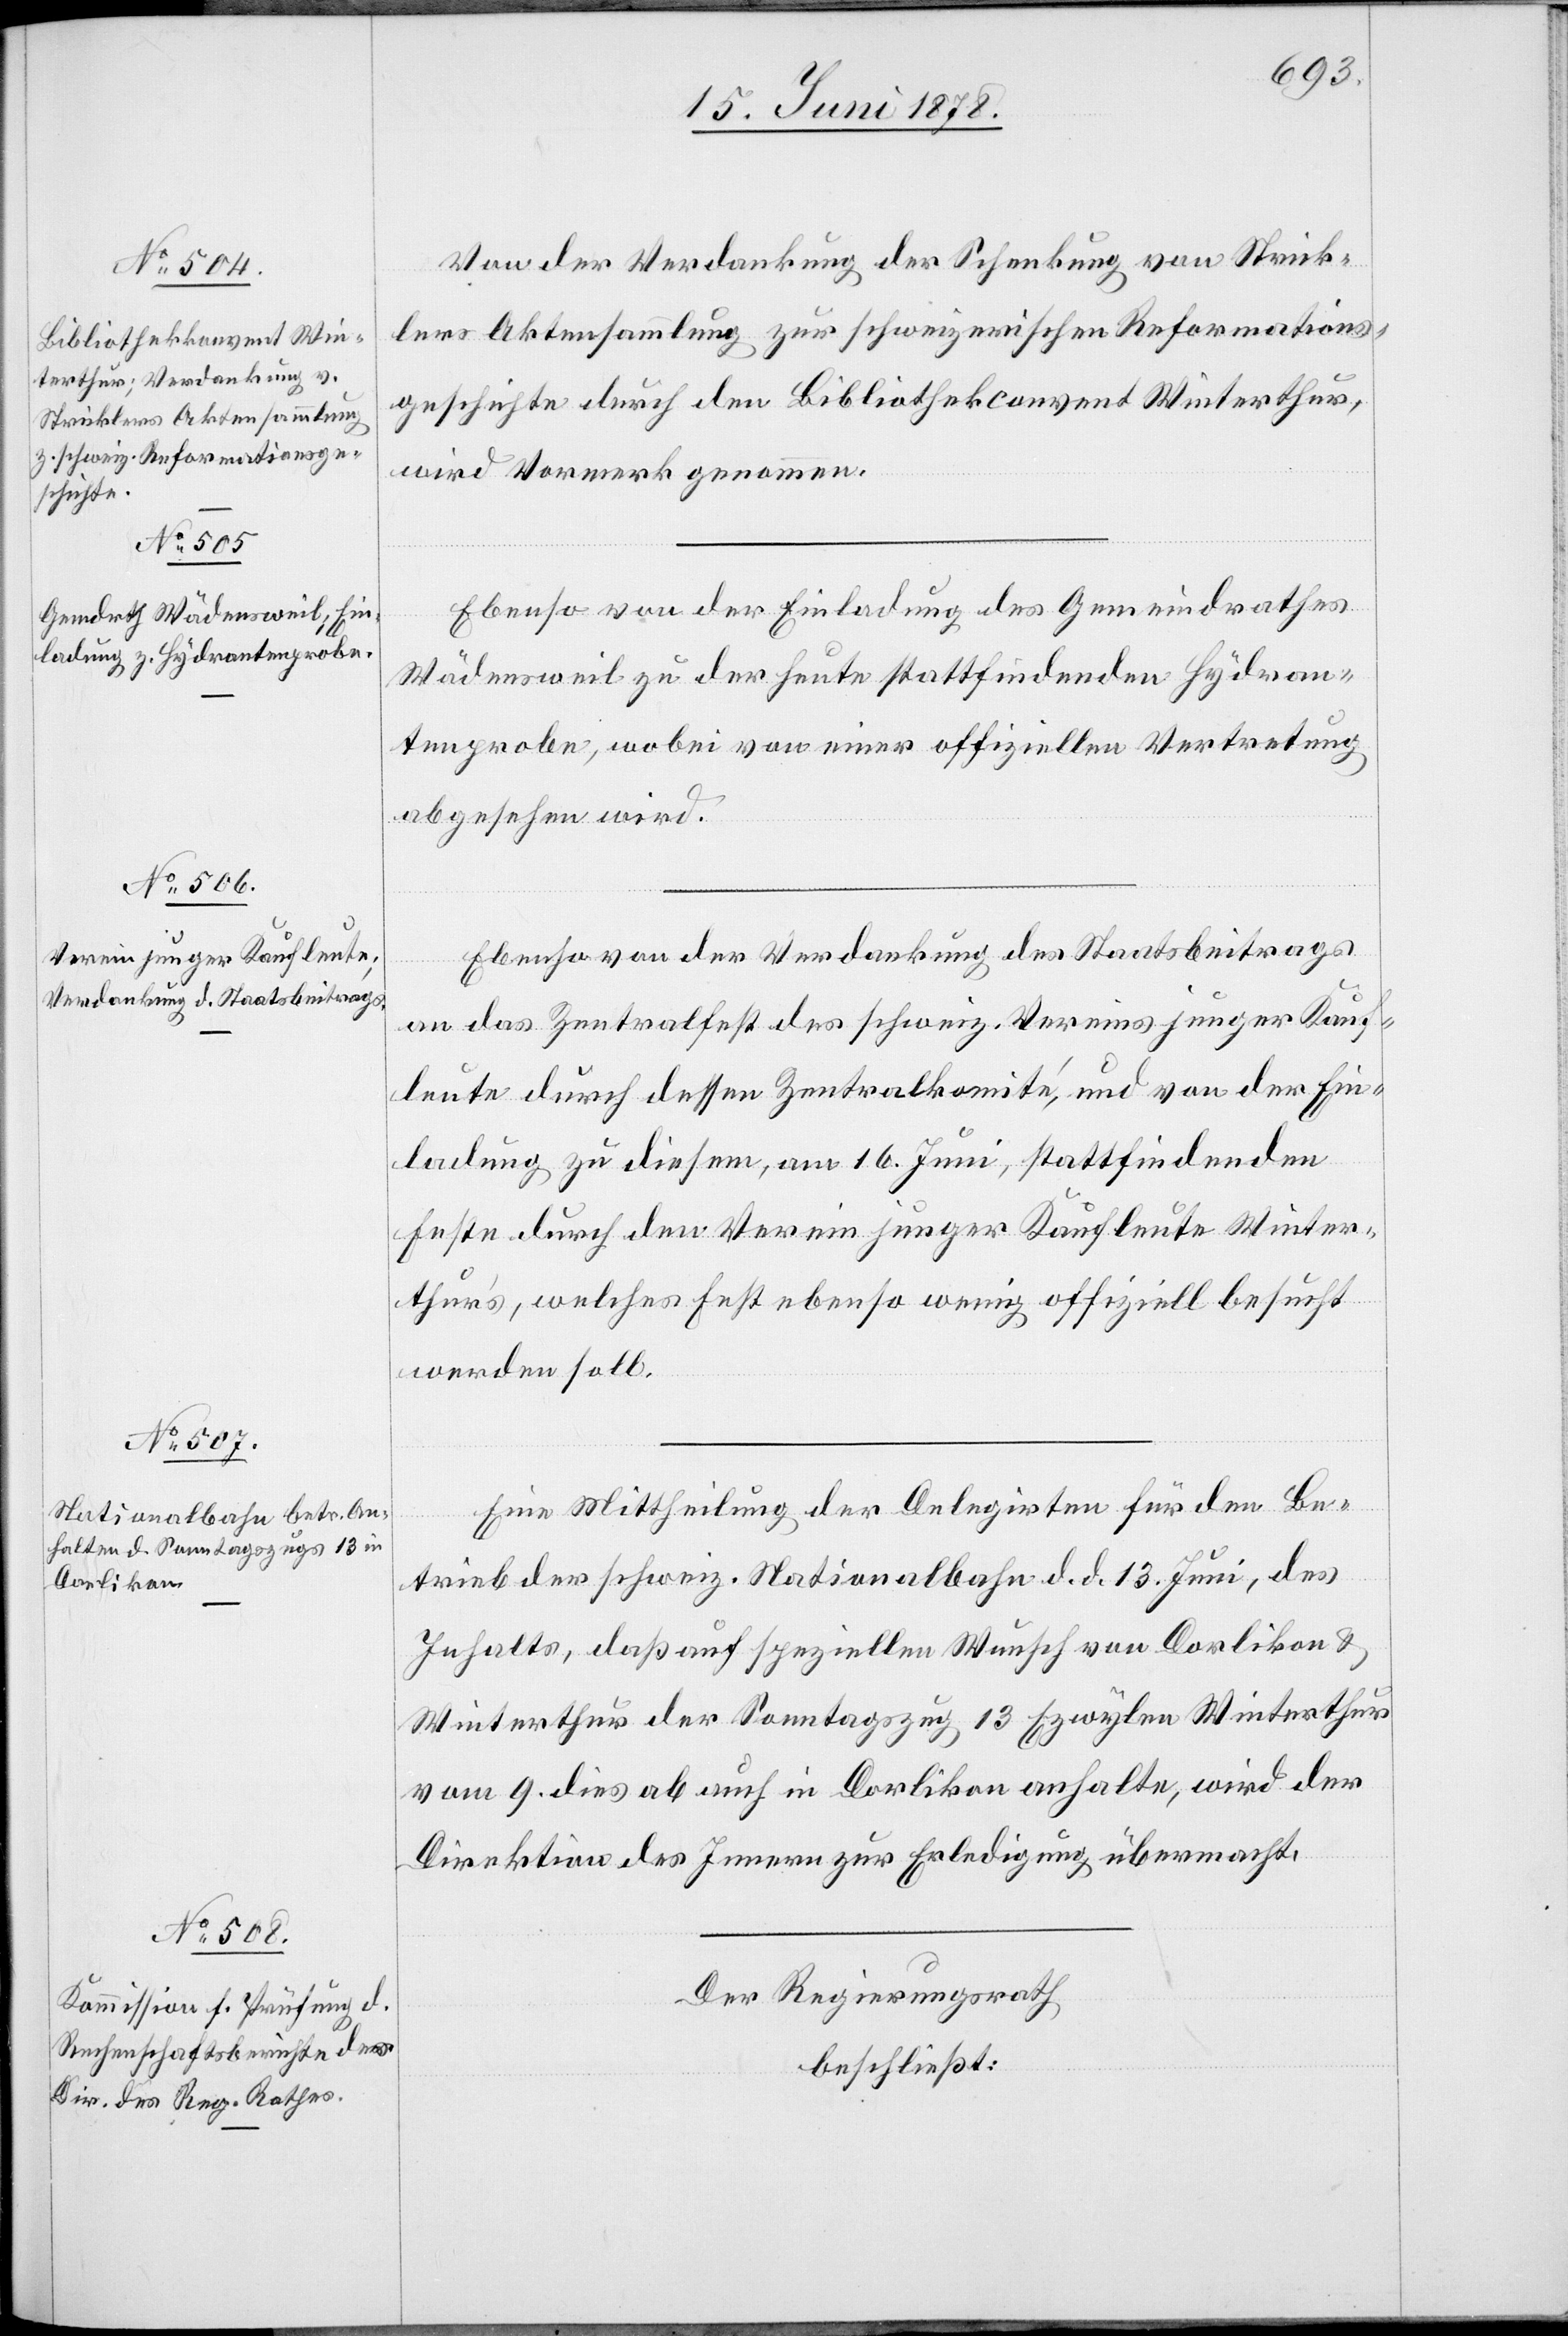
Von der Verdankung der Schenkung von Strick¬
lers Aktensammlung zur schweizerischen Reformations¬
geschichte durch den Bibliothekconvent Winterthur,
wird Vormerk genommen.
Ebenso von der Einladung des Gemeindrathes
Wädensweil zu der heute stattfindenden Hydran¬
tenprobe, wobei von einer offiziellen Vertretung
abgesehen wird.
Ebenso von der Verdankung des Staatsbeitrags
an das Zentralfest des schweiz. Vereins junger Kauf¬
leute durch dessen Zentralkomité, und von der Ein¬
ladung zu diesem, am 16. Juni, stattfindenden
Feste durch den Verein junger Kaufleute Winter¬
thur’s, welches Fest ebenso wenig offiziell besucht
werden soll.
Eine Mittheilung der Delegirten für den Be¬
trieb der schweiz. Nationalbahn d. d. 13. Juni, des
Inhalts, daß auf speziellen Wunsch von Dorlikon &
Winterthur der Sonntagszug 13 Ezwylen Winterthur
vom 9. dies ab auch in Dorlikon anhalte, wird der
Direktion des Innern zur Erledigung übermacht.
Der Regierungsrath
beschließt: